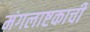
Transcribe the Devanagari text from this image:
मंगलाष्टकाची